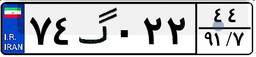
۷۴گ۰۲۲۴۴